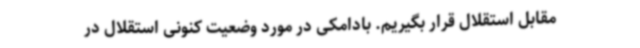
مقابل استقلال قرار بگیریم. بادامکی در مورد وضعیت کنونی استقلال در